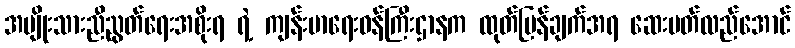
အမျိုးသားညီညွတ်ရေးအစိုးရ ရဲ့ ကျန်းမာရေးဝန်ကြီးဌာနက ထုတ်ပြန်ချက်အရ ဆေးပတ်လည်အောင်